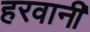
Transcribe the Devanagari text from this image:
हरवानी